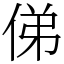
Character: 俤